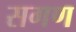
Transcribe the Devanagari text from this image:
सगण